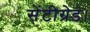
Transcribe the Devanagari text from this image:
सेंटीग्रेड।